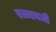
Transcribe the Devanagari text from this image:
एलएमजी